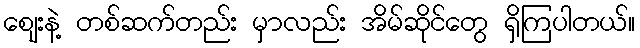
စျေးနဲ့ တစ်ဆက်တည်း မှာလည်း အိမ်ဆိုင်တွေ ရှိကြပါတယ်။